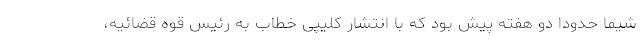
شیما حدودا دو هفته پیش بود که با انتشار کلیپی خطاب به رئیس قوه قضائیه،